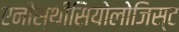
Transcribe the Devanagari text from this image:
एनीस्थीसियोलोजिस्ट